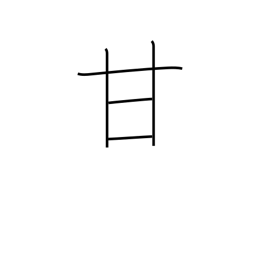
Meaning: pamper